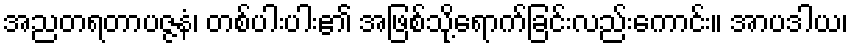
အညတရတာပဇ္ဇနံ၊ တစ်ပါးပါး၏ အဖြစ်သို့ရောက်ခြင်းလည်းကောင်း။ အာပဒါယ၊